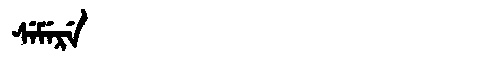
Manchu: ᠰᡝᠮᡝᡵᡝ
Romanization: SEMERE